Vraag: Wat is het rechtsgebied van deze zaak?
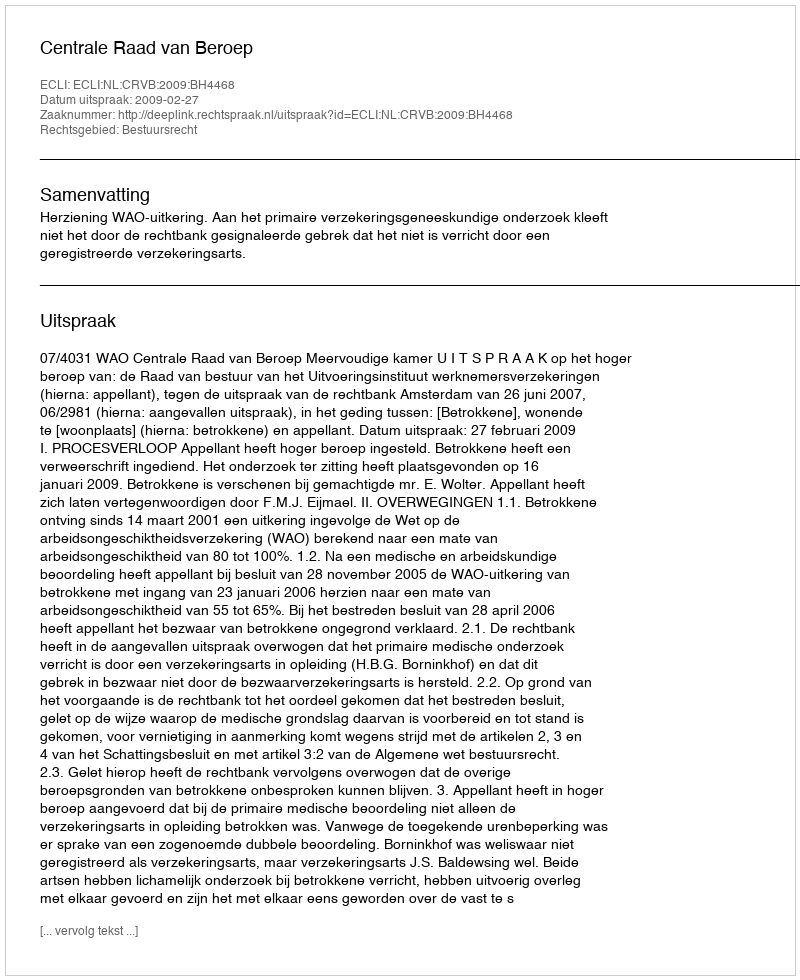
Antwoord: Bestuursrecht